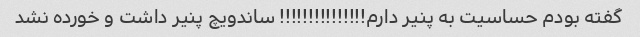
گفته بودم حساسیت به پنیر دارم!!!!!!!!!!!!!!! ساندویچ پنیر داشت و خورده نشد